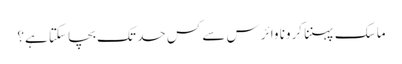
ماسک پہننا کرونا وائرس سے کس حد تک بچا سکتا ہے؟